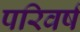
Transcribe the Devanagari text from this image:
परिवर्ष